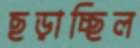
ছড়াচ্ছিল